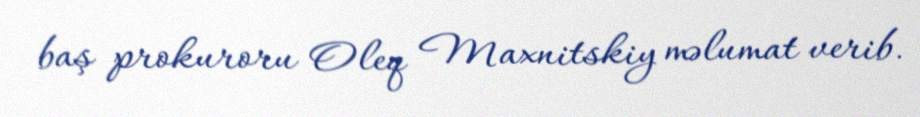
baş prokuroru Oleq Maxnitskiy məlumat verib.